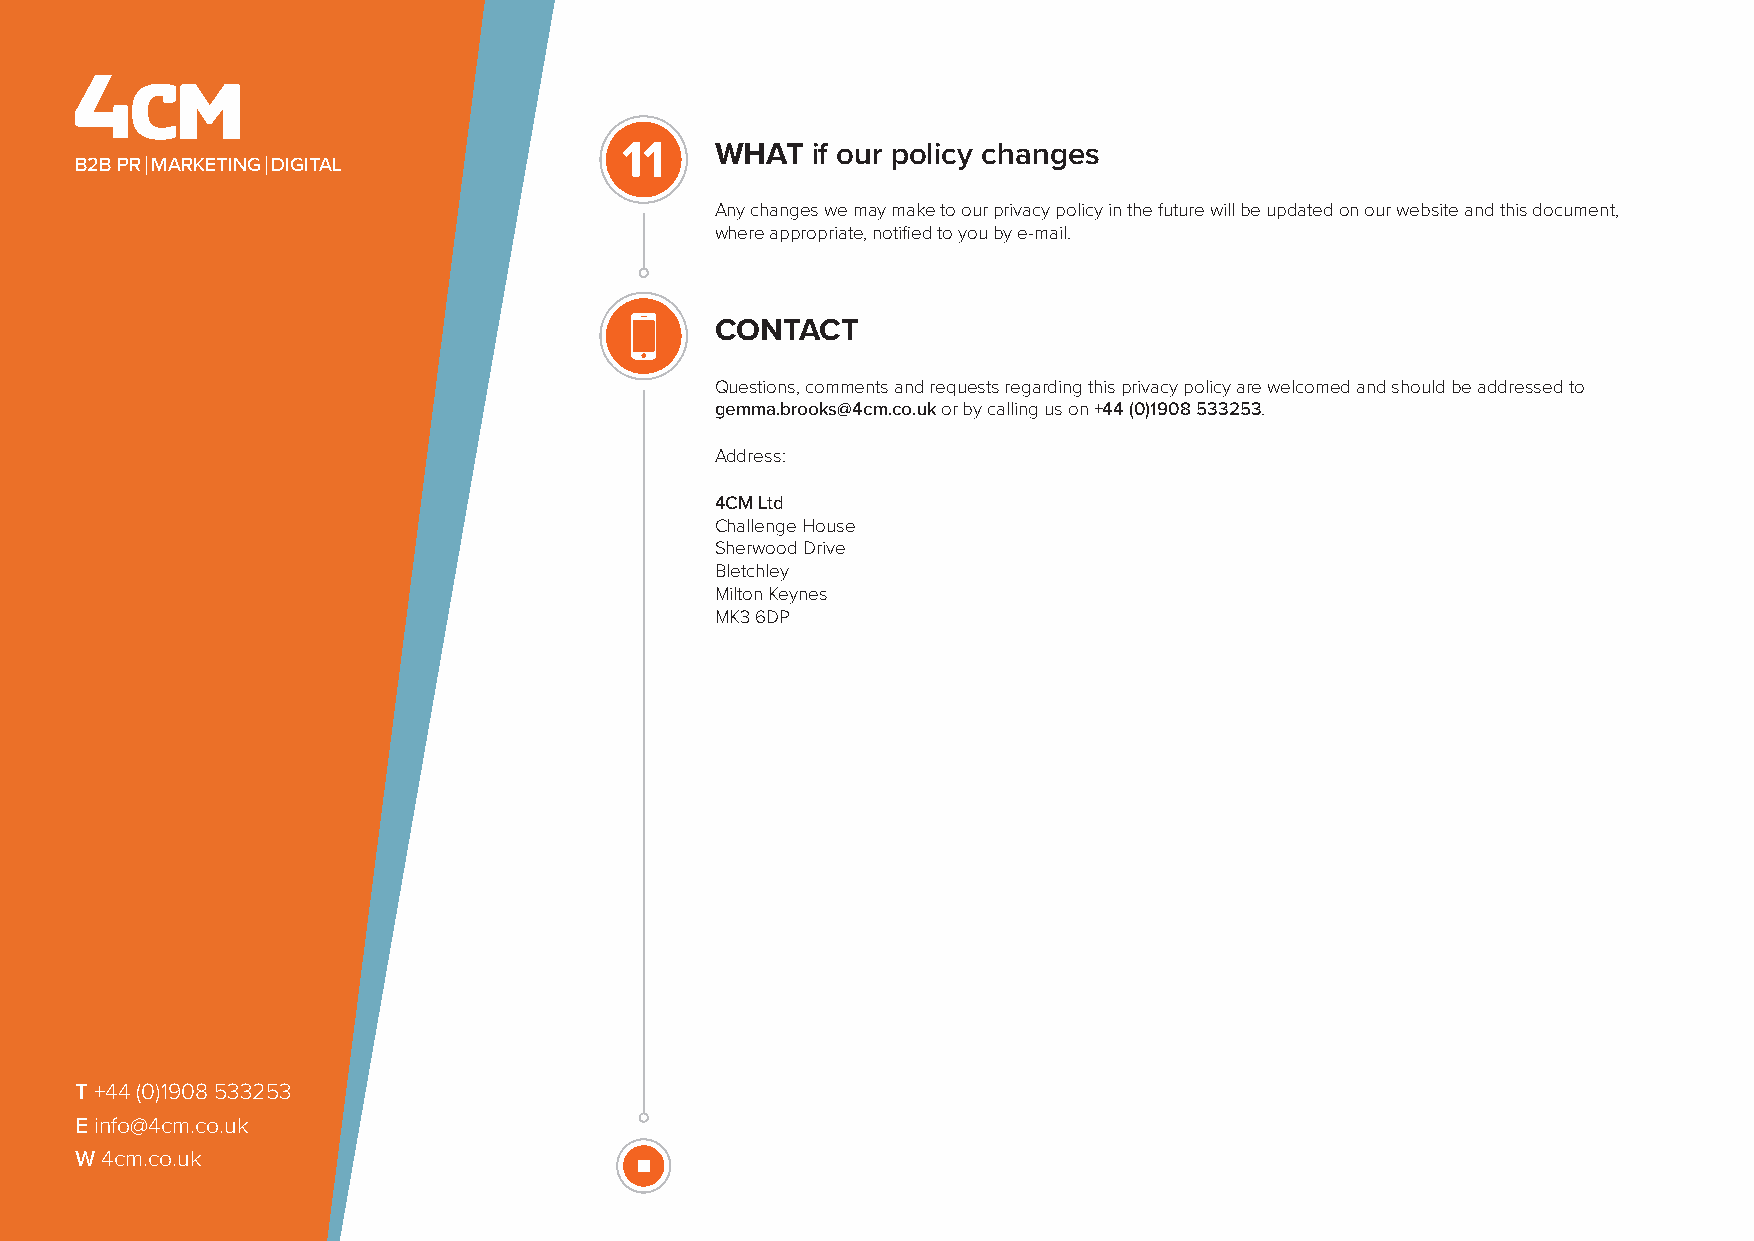
11    WHAT   if our policy changes
 B2B PR MARKETING DIGITAL
 Any changes we may make to our privacy policy in the future will be updated on our website and this document,
 where appropriate, notified to you by e-mail.
 CONTACT
 Questions, comments and requests regarding this privacy policy are welcomed and should be addressed to
 gemma.brooks@4cm.co.uk or by calling us on +44 (0)1908 533253.
 Address:
 4CM Ltd
 Challenge House
 Sherwood Drive
 Bletchley
 Milton Keynes
 MK3 6DP
 T +44 (0)1908 533253
 E info@4cm.co.uk
 W 4cm.co.uk